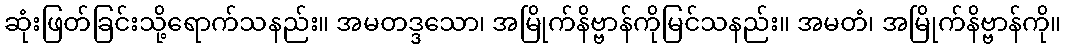
ဆုံးဖြတ်ခြင်းသို့ရောက်သနည်း။ အမတဒ္ဒသော၊ အမြိုက်နိဗ္ဗာန်ကိုမြင်သနည်း။ အမတံ၊ အမြိုက်နိဗ္ဗာန်ကို။